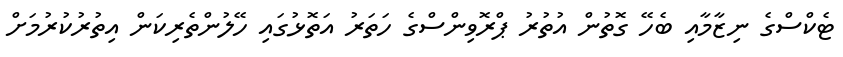
ޓެކްސްގެ ނިޒާމާއި ބެހޭ ގޮތުން އުތުރު ޕްރޮވިންސްގެ ހަތަރު އަތޮޅުގައި ހޭލުންތެރިކަން އިތުރުކުރުމަށް